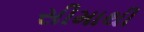
સીમાથી